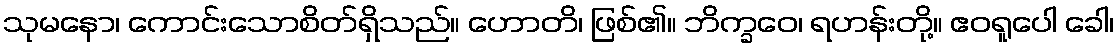
သုမနော၊ ကောင်းသောစိတ်ရှိသည်။ ဟောတိ၊ ဖြစ်၏။ ဘိက္ခဝေ၊ ရဟန်းတို့။ ဧဝရူပေါ ခေါ၊